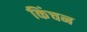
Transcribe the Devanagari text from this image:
किंचन